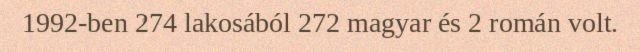
1992-ben 274 lakosából 272 magyar és 2 román volt.